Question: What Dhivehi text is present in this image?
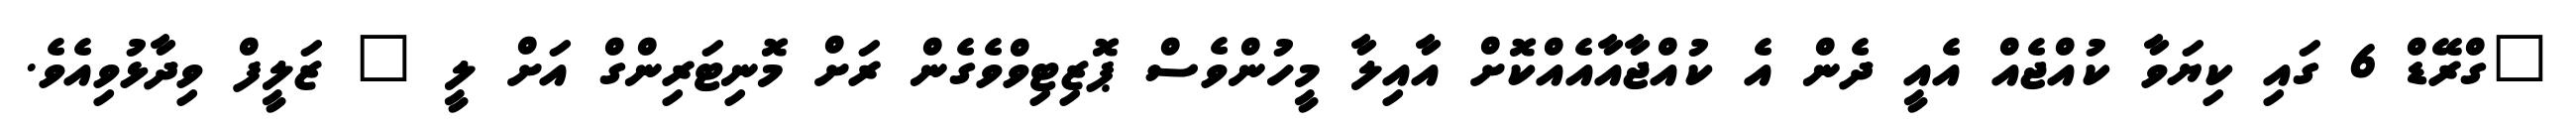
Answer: "ގްރޭޑް 6 ގައި ކިޔަވާ ކުއްޖެއް އެއީ ދެން އެ ކުއްޖާއާއެއްކޮށް އާއިލާ މީހުންވެސް ޕޮޒިޓިވްވެގެން ރަށް މޮނިޓަރިންގް އަށް ލީ " ޒަލީފް ވިދާޅުވިއެވެ.